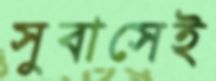
সুবাসেই